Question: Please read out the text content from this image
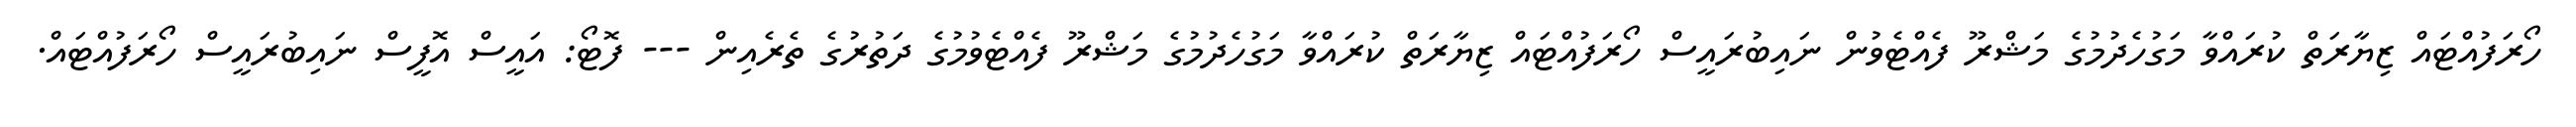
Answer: ހޯރަފުއްޓައް ޒިޔާރަތް ކުރައްވާ މަގުހެދުމުގެ މަޝްރޫ ފެއްޓެވުން ނައިބުރައީސް ހޯރަފުއްޓައް ޒިޔާރަތް ކުރައްވާ މަގުހެދުމުގެ މަޝްރޫ ފެއްޓެވުމުގެ ދަތުރުގެ ތެރެއިން --- ފޮޓޯ: އައީސް އޮފީސް ނައިބުރައީސް ހޯރަފުއްޓައް.